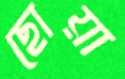
ছোয়া